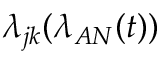
\lambda _ { j k } ( \lambda _ { A N } ( t ) )